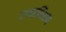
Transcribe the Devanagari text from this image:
टान्समिशन